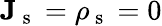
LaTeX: \mathbf{J}_{\mathrm{~s~}}=\rho_{\mathrm{~s~}}=0